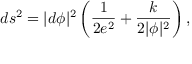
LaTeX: d s ^ { 2 } = | d \phi | ^ { 2 } \left( \frac { 1 } { 2 e ^ { 2 } } + \frac { k } { 2 | \phi | ^ { 2 } } \right) ,